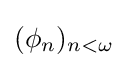
(\phi _{n})_{n<\omega }